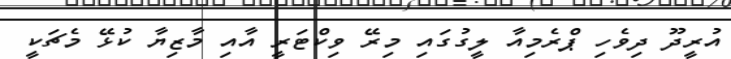
އުރީދޫ ދިވެހި ޕްރެމިއާ ލީގުގައި މިރޭ ވިކްޓަރީ އާއި މާޒިޔާ ކުޅޭ މެޗަކީ